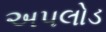
અપલોડ